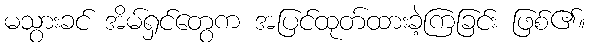
မသွားခင် အိမ်ရှင်တွေက အပြင်ထုတ်ထားခဲ့ကြခြင်း ဖြစ်၏။